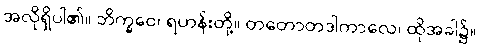
အလိုရှိပါ၏။ ဘိက္ခဝေ၊ ရဟန်းတို့။ တတောတဒါကာလေ၊ ထိုအခါ၌။